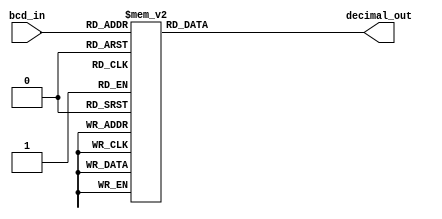
module bcd_decoder(
  input [3:0] bcd_in,
  output reg [3:0] decimal_out
);

always @(*)
begin
  case(bcd_in)
    4'b0000: decimal_out = 4'b0000; // 0
    4'b0001: decimal_out = 4'b0001; // 1
    4'b0010: decimal_out = 4'b0010; // 2
    4'b0011: decimal_out = 4'b0011; // 3
    4'b0100: decimal_out = 4'b0100; // 4
    4'b0101: decimal_out = 4'b0101; // 5
    4'b0110: decimal_out = 4'b0110; // 6
    4'b0111: decimal_out = 4'b0111; // 7
    4'b1000: decimal_out = 4'b1000; // 8
    4'b1001: decimal_out = 4'b1001; // 9
    default: decimal_out = 4'b0000; // default case is 0
  endcase
end

endmodule